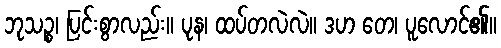
ဘုသဉ္စ၊ ပြင်းစွာလည်း။ ပုန၊ ထပ်တလဲလဲ။ ဒဟ တေ၊ ပူလောင်၏။